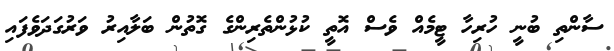
ސާންތި ބުނީ ހުރިހާ ޓީމެއް ވެސް އޮތީ ކުޅުންތެރިންގެ ގޮތުން ބަލާއިރު ވަރުގަދަވެފައި